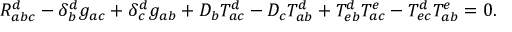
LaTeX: R _ { a b c } ^ { d } - \delta _ { b } ^ { d } g _ { a c } + \delta _ { c } ^ { d } g _ { a b } + D _ { b } T _ { a c } ^ { d } - D _ { c } T _ { a b } ^ { d } + T _ { e b } ^ { d } T _ { a c } ^ { e } - T _ { e c } ^ { d } T _ { a b } ^ { e } = 0 .